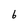
Character: 6